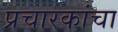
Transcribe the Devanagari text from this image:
प्रचारकांचा